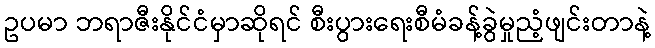
ဥပမာ ဘရာဇီးနိုင်ငံမှာဆိုရင် စီးပွားရေးစီမံခန့်ခွဲမှုညံ့ဖျင်းတာနဲ့